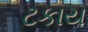
ટકાય